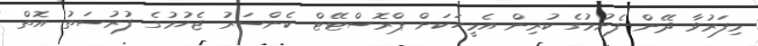
މިފަރުވާ ދޭން ފެށުމުގެ ކުރިން އެމީހަކަށް ޕްރޮސްޓޭޓް ކެންސަރު ޖެހުމުގެ ފުރުސަތު އޮތް